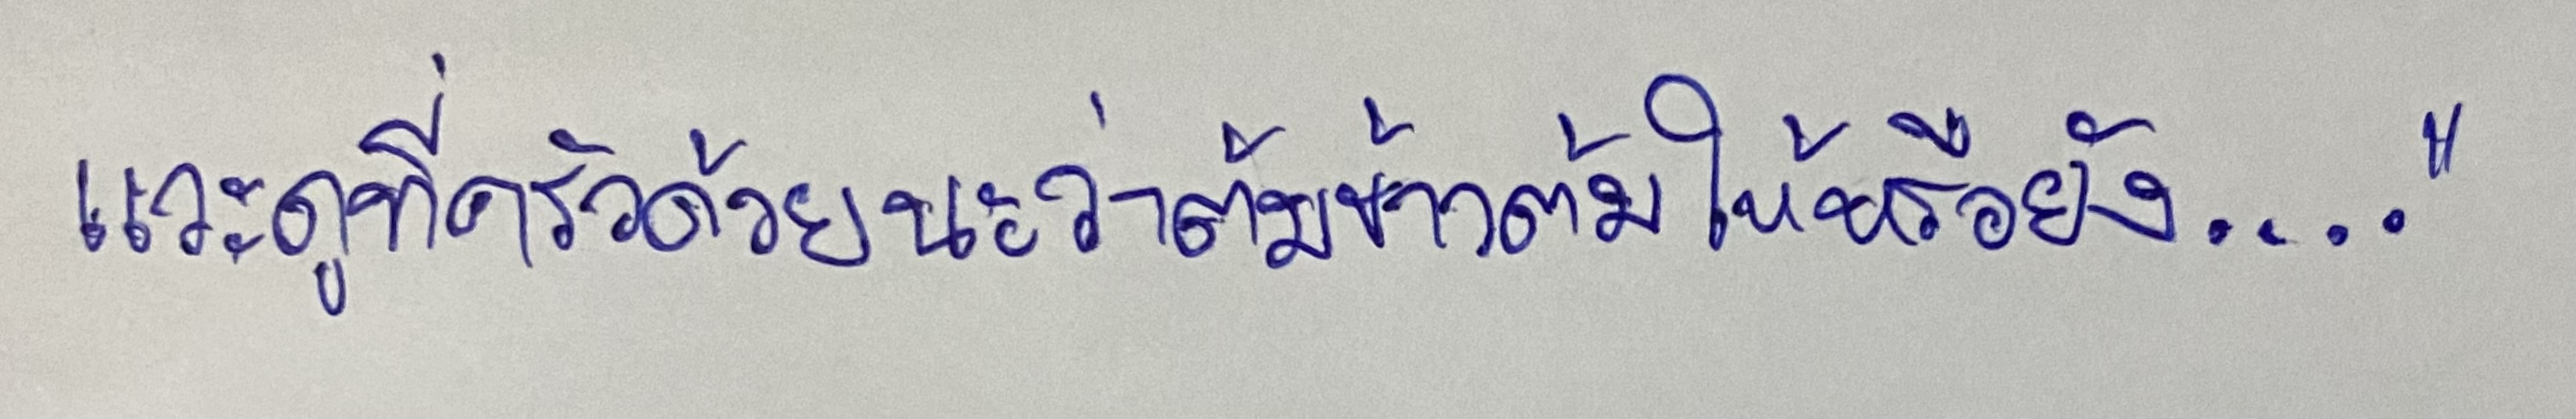
แวะดูที่ครัวด้วยนะว่าต้มข้าวต้มให้หรือยัง...."